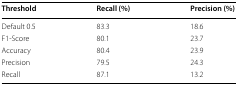
<table><thead><tr><td><b>Threshold</b></td><td><b>Recall (%)</b></td><td><b>Precision (%)</b></td></tr></thead><tbody><tr><td>Default 0.5</td><td>83.3</td><td>18.6</td></tr><tr><td>F1-Score</td><td>80.1</td><td>23.7</td></tr><tr><td>Accuracy</td><td>80.4</td><td>23.9</td></tr><tr><td>Precision</td><td>79.5</td><td>24.3</td></tr><tr><td>Recall</td><td>87.1</td><td>13.2</td></tr></tbody></table>